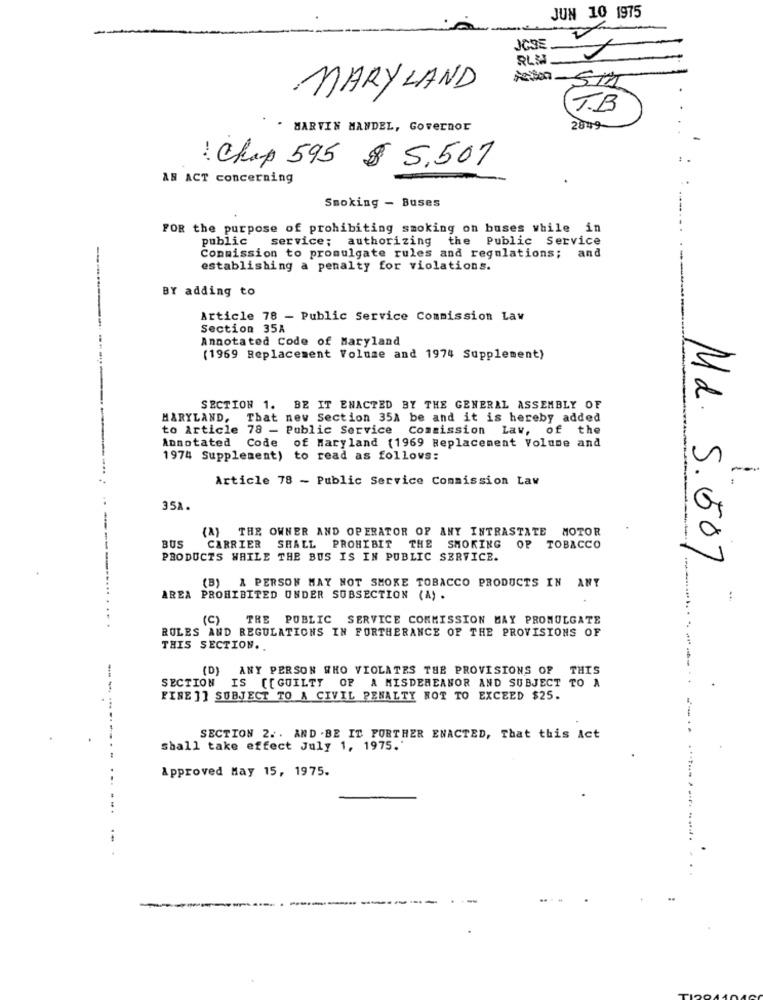
JUN 10 1975
JOSE
BLH
MARYLAND
T.B
MARVIN MANDEL, Governor
2849-
Chap 595 $ 5,507
AN ACT concerning
Smoking - Buses
FOR the purpose of prohibiting smoking on buses while in
public service; authorizing the Public Service
Commission to promulgate rules and regulations;
and
establishing a penalty for violations.
BY adding to
Article 78 - Public Service Commission Law
Section 35A
Annotated Code of Maryland
(1969 Replacement Volume and 1974 Supplement)
SECTION 1. BE IT ENACTED BY THE GENERAL ASSEMBLY OF
MARYLAND, That new Section 351 be and it is hereby added
to Article 78 - Public Service Commission Lav, of the
Annotated Code of Maryland (1969 Replacement Volume and
1974 Supplement) to read as follows:
Article 78 - Public Service Commission Law
35A.
(A) THE OWNER AND OPERATOR OF ANY INTRASTATE MOTOR
BUS
CARRIER SHALL PROHIBIT THE SMOKING
OP
TOBACCO
PRODUCTS WHILE THE BUS IS IN PUBLIC SERVICE.
Md. 5.507
(B) A PERSON MAY NOT SMOKE TOBACCO PRODUCTS IN ANY
AREA PROHIBITED UNDER SUBSECTION (A) .
(C) THE PUBLIC SERVICE COMMISSION MAY PROMULGATE
RULES AND REGULATIONS IN FURTHERANCE OF THE PROVISIONS OF
THIS SECTION ..
(D)
ANY PERSON WHO VIOLATES THE PROVISIONS OF THIS
SECTION IS [[ GUILTY OF A MISDEMEANOR AND SUBJECT TO A
--
FINE ]] SUBJECT TO A CIVIL PENALTY NOT TO EXCEED $25.
SECTION 2. . AND . BE IT FORTHER ENACTED, That this Act
shall take effect July 1, 1975."
Approved May 15, 1975.
...
.. .